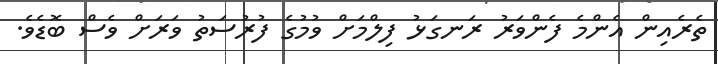
ތެރެއިން އެންމެ ފެންވަރު ރަނގަޅު ފިލްމަށް ވުމުގެ ފުރުސަތު ވަރަށް ވެސް ބޮޑެވެ.